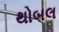
થોબલ